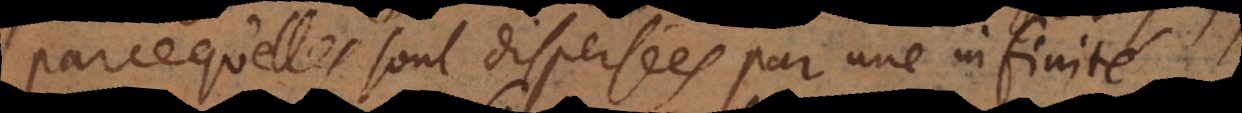
parce qu’elles sont dispersées par une infinité